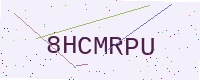
Text: 8HCMRPU